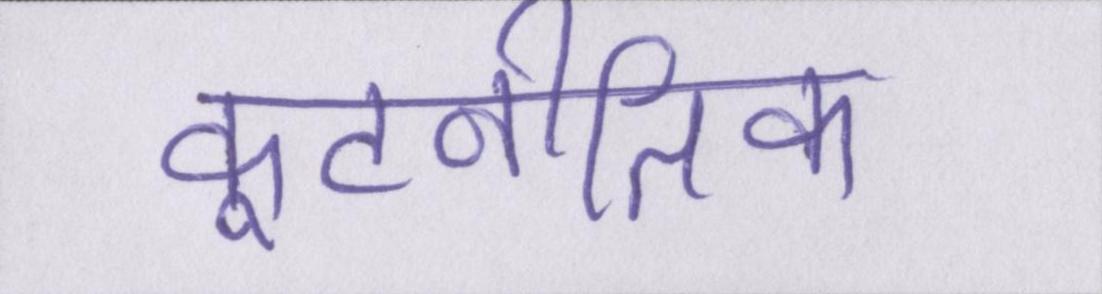
कूटनीतिक